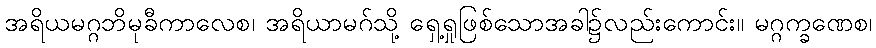
အရိယမဂ္ဂဘိမုခီကာလေစ၊ အရိယာမဂ်သို့ ရှေ့ရှုဖြစ်သောအခါ၌လည်းကောင်း။ မဂ္ဂက္ခဏေစ၊